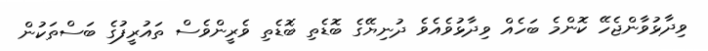
ވިދާޅުވާންޖެހޭ ކޮންމެ ބަހެއް ވިދާޅުވެއެވެ ދުނިޔޭގެ ބޮޑެތި ބޮޑެތި ވެރީންވެސް ތައުރީފުގެ ބަސްތަކުން